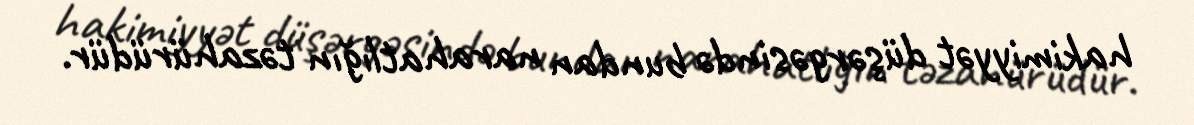
hakimiyyət düşərgəsində bundan narahatlığın təzahürüdür.